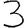
Digit: 3